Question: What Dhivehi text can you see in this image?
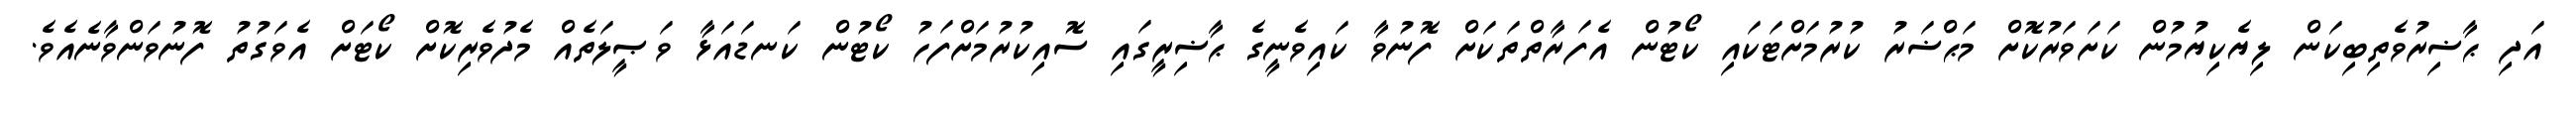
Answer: އަދި ޙާޟިރުވެތިބިކަން ލިޔެކިޔުމުން ކަށަވަރުކޮށް މަޙްޟަރު ކުރުމަށްޓަކައި ކޯޓުން އެފަރާތްތަކަށް ފޮނުވާ ކައިވެނީގެ ޙާޟިރީގައި ސޮއިކުރުމަށްފަހު ކޯޓުން ކަނޑައަޅާ ވަޞީލަތެއް މެދުވެރިކޮށް ކޯޓަށް އެވަގުތު ފޮނުވަންވާނެއެވެ.